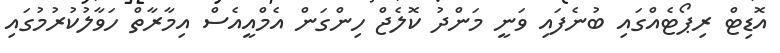
އޮޑިޓް ރިޕޯޓެއްގައި ބުނެފައި ވަނީ މަންދު ކޮލެޖް ހިންގަން އެމްއީއެސް އިމާރާތް ހަވާލުކުރުމުގައި